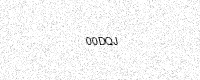
Text: 00DQJ